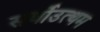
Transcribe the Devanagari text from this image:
सर्वोउत्थम